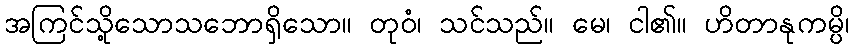
အကြင်သို့သောသဘောရှိသော။ တုဝံ၊ သင်သည်။ မေ၊ ငါ၏။ ဟိတာနုကမ္ပိ၊